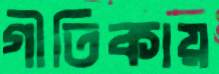
গীতিকায়